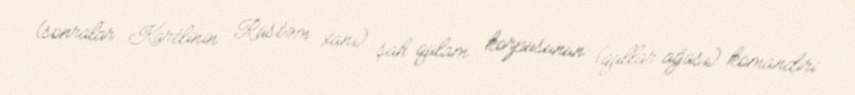
(sonralar Kartlinin Rüstəm xanı) şah qulam korpusunun (qullar ağası) komandiri